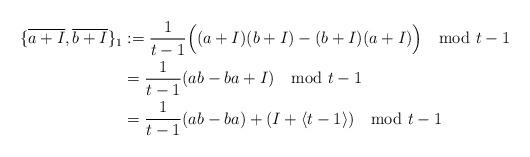
LaTeX: \begin{align*}\{\overline{a+I},\overline{b+I}\}_1 &:= \frac{1}{t-1}\Big((a+I)(b+I) - (b+I)(a+I)\Big) \mod t-1 \\&= \frac{1}{t-1}(ab-ba + I) \mod t-1 \\&= \frac{1}{t-1}(ab-ba) + (I+\langle t-1 \rangle) \mod t-1\end{align*}